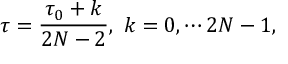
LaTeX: \tau = \frac { \tau _ { 0 } + k } { 2 N - 2 } , ~ k = 0 , \cdots 2 N - 1 ,